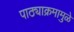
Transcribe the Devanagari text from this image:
पाठ्याक्रमामुळे